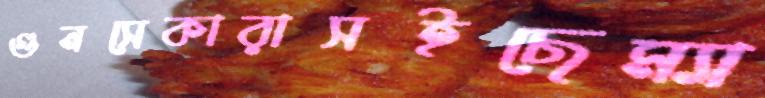
গুনসেকারাসইছেম্যা